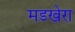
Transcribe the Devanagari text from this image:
मडखेरा